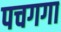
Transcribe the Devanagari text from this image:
पचगगा